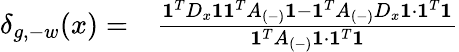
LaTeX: \begin{array}{rl}{\delta_{g,-w}(x)=}&{\frac{\mathbf{1}^{T}D_{x}\mathbf{1}\mathbf{1}^{T}A_{(-)}\mathbf{1}-\mathbf{1}^{T}A_{(-)}D_{x}\mathbf{1}\cdot\mathbf{1}^{T}\mathbf{1}}{\mathbf{1}^{T}A_{(-)}\mathbf{1}\cdot\mathbf{1}^{T}\mathbf{1}}}\end{array}